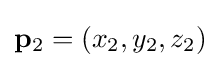
\mathbf {p} _{2}=(x_{2},y_{2},z_{2})